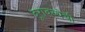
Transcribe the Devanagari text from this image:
दूरावस्थेची